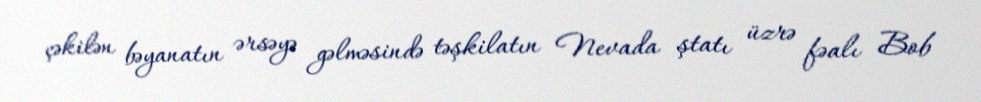
çəkilən bəyanatın ərsəyə gəlməsində təşkilatın Nevada ştatı üzrə fəalı Bob